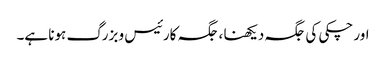
اور چکی کی جگہ دیکھنا ، جگہ کارئیس و بزرگ ہونا ہے۔